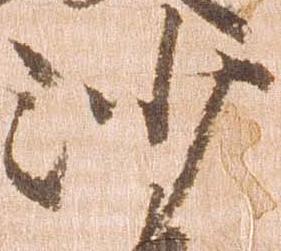
沙